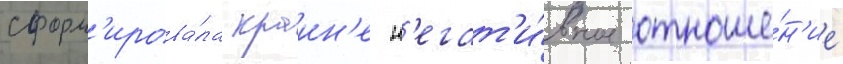
сформ'ирова́ла краин'е н'егат'и́вное отноше́н'ие